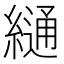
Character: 𦄷